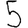
Digit: 5